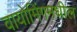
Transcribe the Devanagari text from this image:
वायोमिंगमधील